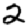
Digit: 2